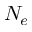
N _ { e }